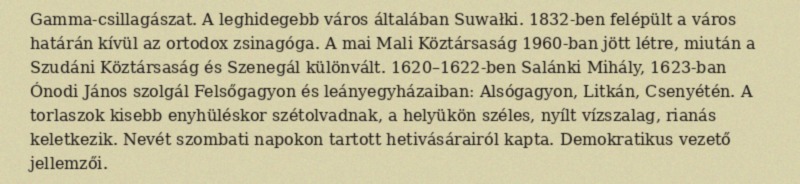
Gamma-csillagászat. A leghidegebb város általában Suwałki. 1832-ben felépült a város határán kívül az ortodox zsinagóga. A mai Mali Köztársaság 1960-ban jött létre, miután a Szudáni Köztársaság és Szenegál különvált. 1620–1622-ben Salánki Mihály, 1623-ban Ónodi János szolgál Felsőgagyon és leányegyházaiban: Alsógagyon, Litkán, Csenyétén. A torlaszok kisebb enyhüléskor szétolvadnak, a helyükön széles, nyílt vízszalag, rianás keletkezik. Nevét szombati napokon tartott hetivásárairól kapta. Demokratikus vezető jellemzői.